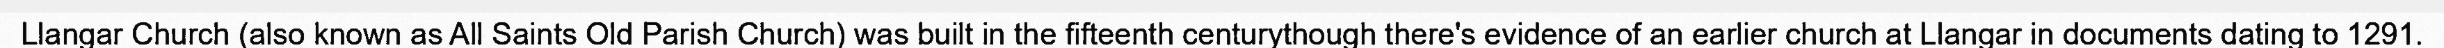
Llangar Church (also known as All Saints Old Parish Church) was built in the fifteenth centurythough there's evidence of an earlier church at Llangar in documents dating to 1291.